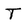
Character: T